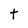
Character: t